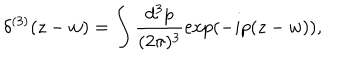
LaTeX: \delta ^ { ( 3 ) } ( z - w ) = \int \frac { d ^ { 3 } p } { ( 2 \pi ) ^ { 3 } } \exp ( - i p ( z - w ) ) ,